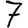
Digit: 7